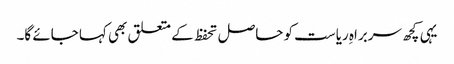
یہی کچھ سربراہِ ریاست کو حاصل تحفظ کے متعلق بھی کہا جائے گا۔